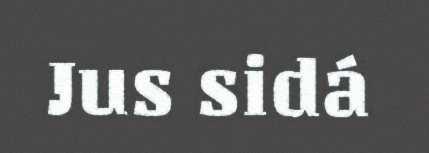
Jus sidá